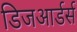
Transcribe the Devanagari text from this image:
डिजआर्डर्स